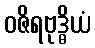
ဝဇိရဗုဒ္ဓိယံ